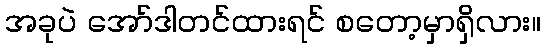
အခုပဲ အော်ဒါတင်ထားရင် စတော့မှာရှိလား။